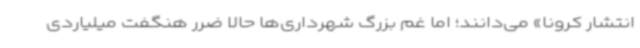
انتشار کرونا» می‌دانند؛ اما غم بزرگ شهرداری‌ها حالا ضرر هنگفت میلیاردی